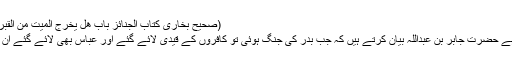
(صحیح بخاری کتاب الجنائز باب ھل یخرج المیت من القبرحدیث نمبر 1350)
ایک روایت یہ بھی ہے حضرت جابر بن عبداللہؓ بیان کرتے ہیں کہ جب بدر کی جنگ ہوئی تو کافروں کے قیدی لائے گئے اور عباس بھی لائے گئے ان پر کوئی کپڑا نہ تھا۔